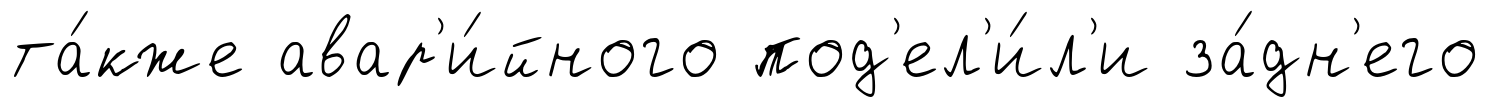
та́кже авар'и́йного под'ел'и́л'и за́дн'его